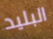
البليد